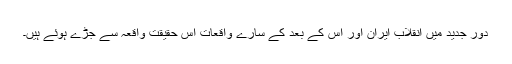
دور جدید میں انقلاب ایران اور اس کے بعد کے سارے واقعات اس حقیقت واقعہ سے جڑے ہوئے ہیں۔